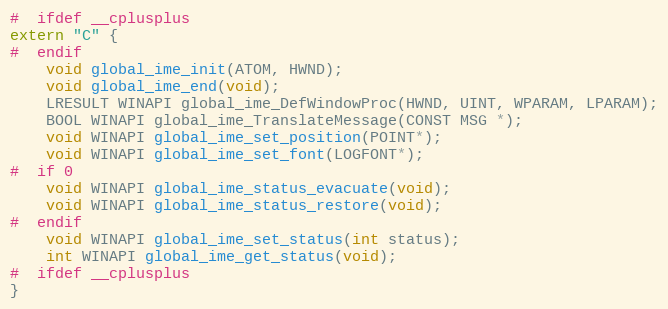
Language: C
#  ifdef __cplusplus
extern "C" {
#  endif
    void global_ime_init(ATOM, HWND);
    void global_ime_end(void);
    LRESULT WINAPI global_ime_DefWindowProc(HWND, UINT, WPARAM, LPARAM);
    BOOL WINAPI global_ime_TranslateMessage(CONST MSG *);
    void WINAPI global_ime_set_position(POINT*);
    void WINAPI global_ime_set_font(LOGFONT*);
#  if 0
    void WINAPI global_ime_status_evacuate(void);
    void WINAPI global_ime_status_restore(void);
#  endif
    void WINAPI global_ime_set_status(int status);
    int WINAPI global_ime_get_status(void);
#  ifdef __cplusplus
}